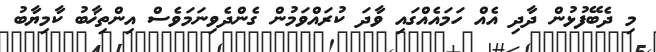
މި ދެބޭފުޅުން ދާދި އެއް ހަމައެއްގައި ވާދަ ކުރައްވަމުން ގެންދެވިނަމަވެސް އިންތިޚާބު ކާމިޔާބު